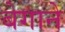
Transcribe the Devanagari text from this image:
बेगाने